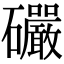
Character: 礹